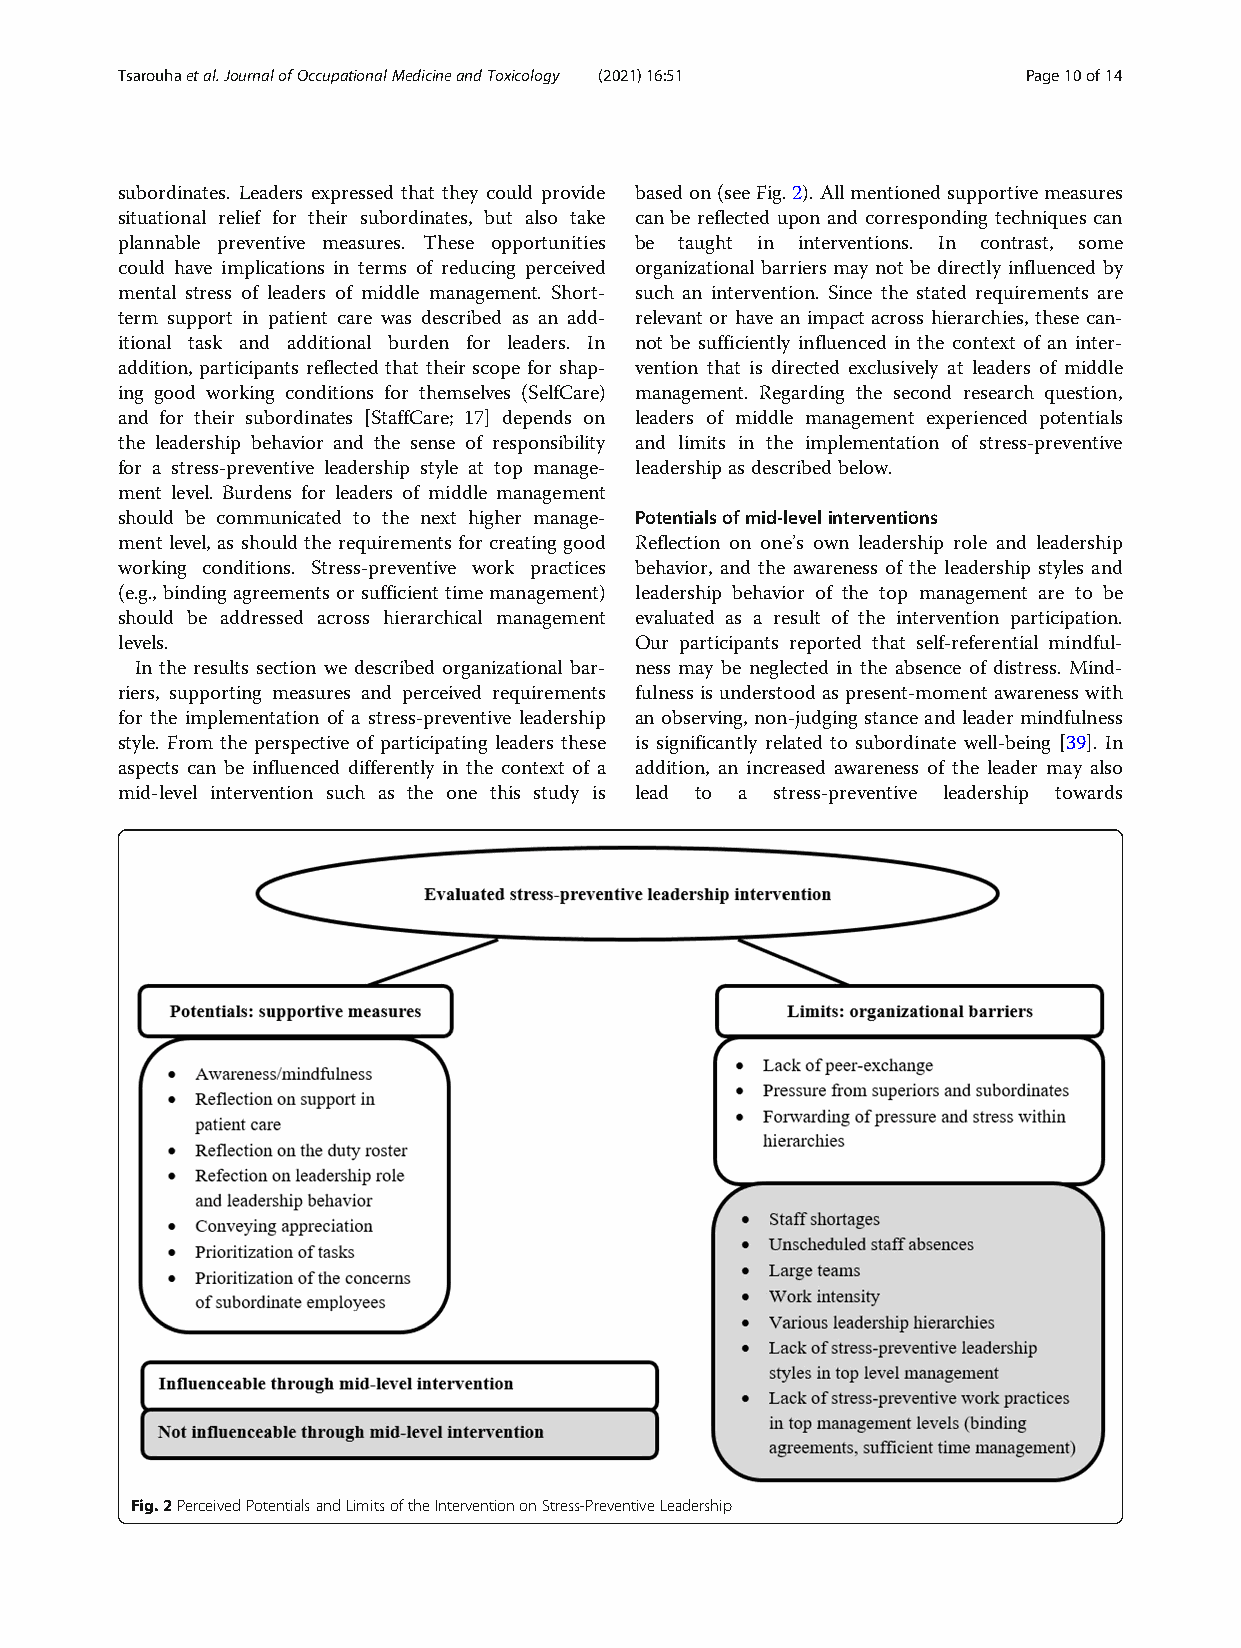
Tsarouhaetal.JournalofOccupationalMedicineandToxicology (2021) 16:51 Page10of14
 subordinates. Leaders expressed that they could provide basedon(seeFig.2).Allmentionedsupportivemeasures
 situational relief for their subordinates, but also take can be reflected upon and corresponding techniques can
 plannable preventive measures. These opportunities be taught in interventions. In contrast, some
 could have implications in terms of reducing perceived organizational barriers may not be directly influenced by
 mental stress of leaders of middle management. Short- such an intervention. Since the stated requirements are
 term support in patient care was described as an add- relevant or have an impact across hierarchies, these can-
 itional task and additional burden for leaders. In not be sufficiently influenced in the context of an inter-
 addition, participants reflected that their scope for shap- vention that is directed exclusively at leaders of middle
 ing good working conditions for themselves (SelfCare) management. Regarding the second research question,
 and for their subordinates [StaffCare; 17] depends on leaders of middle management experienced potentials
 the leadership behavior and the sense of responsibility and limits in the implementation of stress-preventive
 for a stress-preventive leadership style at top manage- leadershipasdescribed below.
 ment level. Burdens for leaders of middle management
 should be communicated to the next higher manage- Potentialsofmid-levelinterventions
 ment level, as should the requirements for creating good Reflection on one’s own leadership role and leadership
 working conditions. Stress-preventive work practices behavior, and the awareness of the leadership styles and
 (e.g.,bindingagreementsorsufficienttimemanagement) leadership behavior of the top management are to be
 should be addressed across hierarchical management evaluated as a result of the intervention participation.
 levels.                           Our participants reported that self-referential mindful-
 In the results section we described organizational bar- ness may be neglected in the absence of distress. Mind-
 riers, supporting measures and perceived requirements fulnessisunderstoodaspresent-momentawarenesswith
 for the implementation of a stress-preventive leadership an observing, non-judgingstance and leader mindfulness
 style. From the perspective of participating leaders these is significantly related to subordinate well-being [39]. In
 aspects can be influenced differently in the context of a addition, an increased awareness of the leader may also
 mid-level intervention such as the one this study is lead to a stress-preventive leadership towards
 Fig.2PerceivedPotentialsandLimitsoftheInterventiononStress-PreventiveLeadership